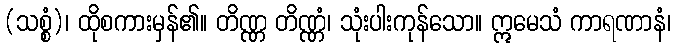
(သစ္စံ)၊ ထိုစကားမှန်၏။ တိဏ္ဏ တိဏ္ဏံ၊ သုံးပါးကုန်သော။ ဣမေသံ ကာရဏာနံ၊